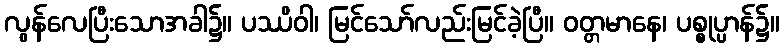
လွန်လေပြီးသောအခါ၌။ ပဿိဝါ၊ မြင်သော်လည်းမြင်ခဲ့ပြီ။ ဝတ္တမာနေ၊ ပစ္စုပ္ပာန်၌။